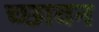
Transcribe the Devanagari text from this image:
च्छावन